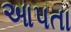
આપતા